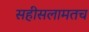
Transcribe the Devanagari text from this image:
सहीसलामतच